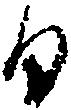
日